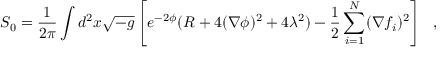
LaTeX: S _ { 0 } = { \frac { 1 } { 2 \pi } } \int d ^ { 2 } x \sqrt { - g } \left[ e ^ { - 2 \phi } ( R + 4 ( \nabla \phi ) ^ { 2 } + 4 \lambda ^ { 2 } ) - { \frac { 1 } { 2 } } \sum _ { i = 1 } ^ { N } ( \nabla f _ { i } ) ^ { 2 } \right] \ \ ,